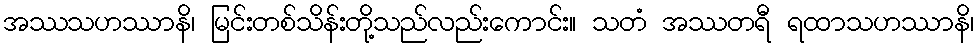
အဿသဟဿာနိ၊ မြင်းတစ်သိန်းတို့သည်လည်းကောင်း။ သတံ အဿတရီ ရထာသဟဿာနိ၊